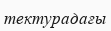
тектурадағы